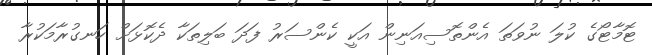
ޓޮމާޓޯގެ ކުލަ ނުވަތަ އެންތޮސިއަނިން އަކީ ކެންސަރު ފަދަ ބަލިތަކާ ދެކޮޅަށް ހަނގުރާމަކުރާ